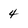
Character: 4